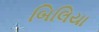
બિલિયા